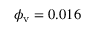
\phi _ { \mathrm { v } } = 0 . 0 1 6